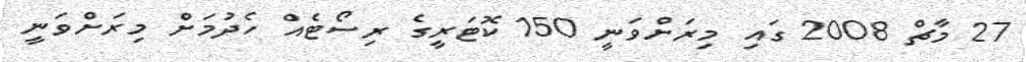
27 މާޗް 2008 ގައި މިރަށްވަނީ 150 ކޮޓަރީގެ ރިސޯޓެއް ހެދުމަށް މިރަށްވަނީ